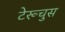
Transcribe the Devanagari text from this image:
टेरूचुस